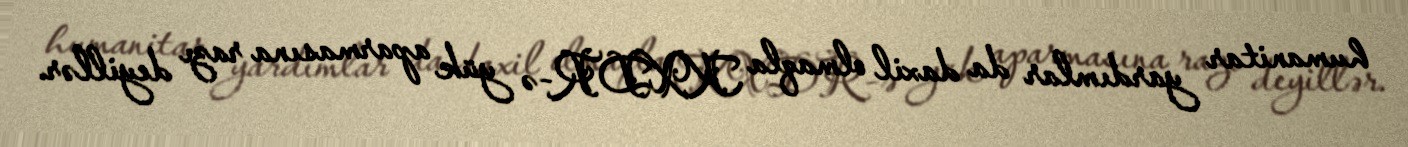
humanitar yardımlar da daxil olmaqla KXDR-ə yük aparmasına razı deyillər.